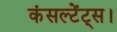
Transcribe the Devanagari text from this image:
कंसल्टेंट्स।